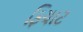
ફિયાટ